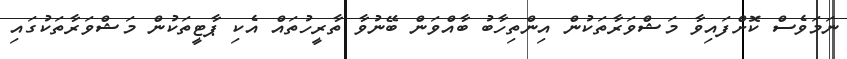
ނަމަވެސް ކޮށްފައިވާ މަޝްވަރާތަކުން އިންތިހާބު ބާއްވަން ބޭނުވާ ތާރީހުތައް އެކި ޕާޓީތަކުން މަޝްވަރާތަކުގައި